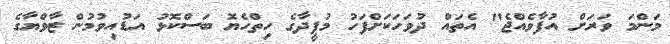
މަންމަ ވަރަށް އުފާވެއްޖެ" އެތައް ދުވަހަކަށްފަހު މުފީދާގެ ހިތްހެޔޮ ބަސްކޮޅު އަޑުއިވުމުން ޒާވްޔާގެ